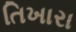
તિખારા